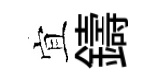
宜鑄